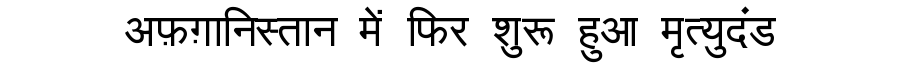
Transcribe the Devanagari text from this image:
अफ़ग़ानिस्तान में फिर शुरू हुआ मृत्युदंड